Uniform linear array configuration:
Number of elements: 64
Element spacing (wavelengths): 1
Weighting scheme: hamming
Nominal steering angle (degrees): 15
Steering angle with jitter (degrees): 14.677
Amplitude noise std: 0.05
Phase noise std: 0.05

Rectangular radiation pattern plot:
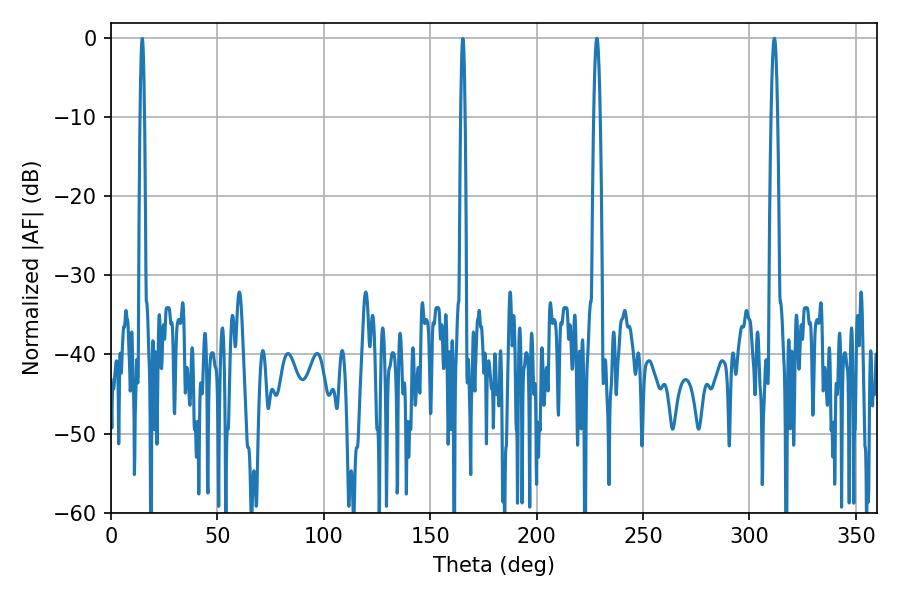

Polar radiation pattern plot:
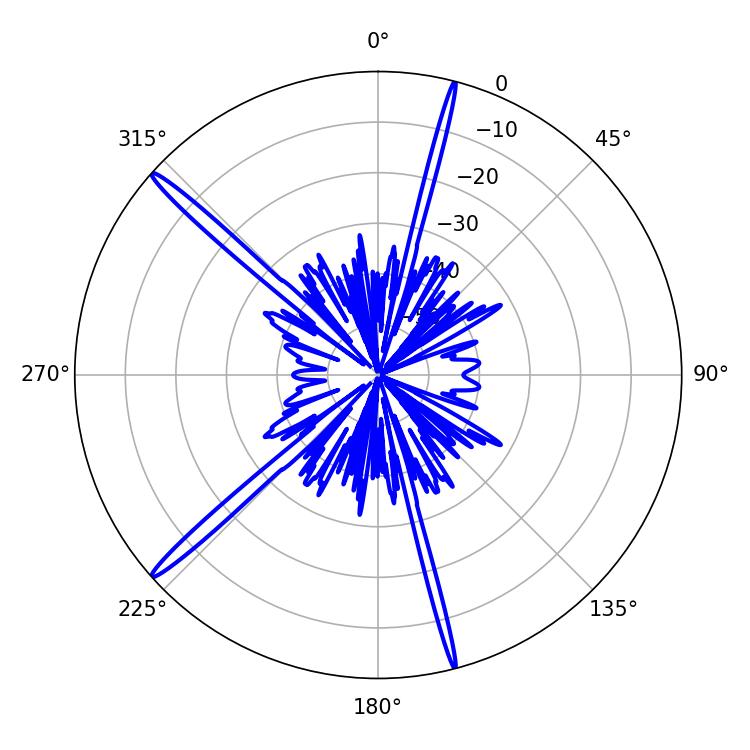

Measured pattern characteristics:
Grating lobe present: TRUE
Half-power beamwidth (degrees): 1.62
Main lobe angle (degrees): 311.76